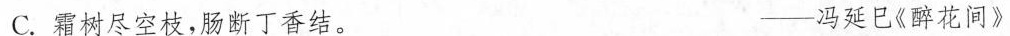
C.霜树尽空枝，肠断丁香结。 ——冯延巳《醉花间》